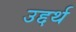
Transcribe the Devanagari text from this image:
उद्दर्थ